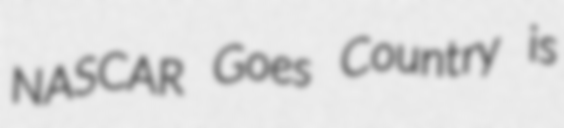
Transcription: NASCAR Goes Country is